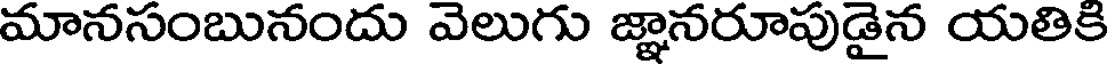
మానసంబునందు వెలుగు జ్ఞానరూపుడైన యతికి